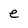
Character: e